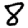
Digit: 8